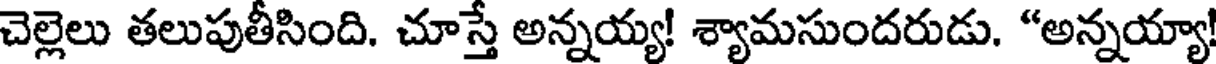
చెల్లెలు తలుపుతీసింది. చూస్తే అన్నయ్య! శ్యామసుందరుడు. "అన్నయ్యా